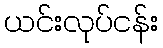
ယင်းလုပ်ငန်း